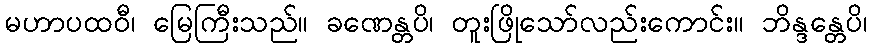
မဟာပထဝီ၊ မြေကြီးသည်။ ခဏေန္တပိ၊ တူးဖြိုသော်လည်းကောင်း။ ဘိန္ဒန္တေပိ၊